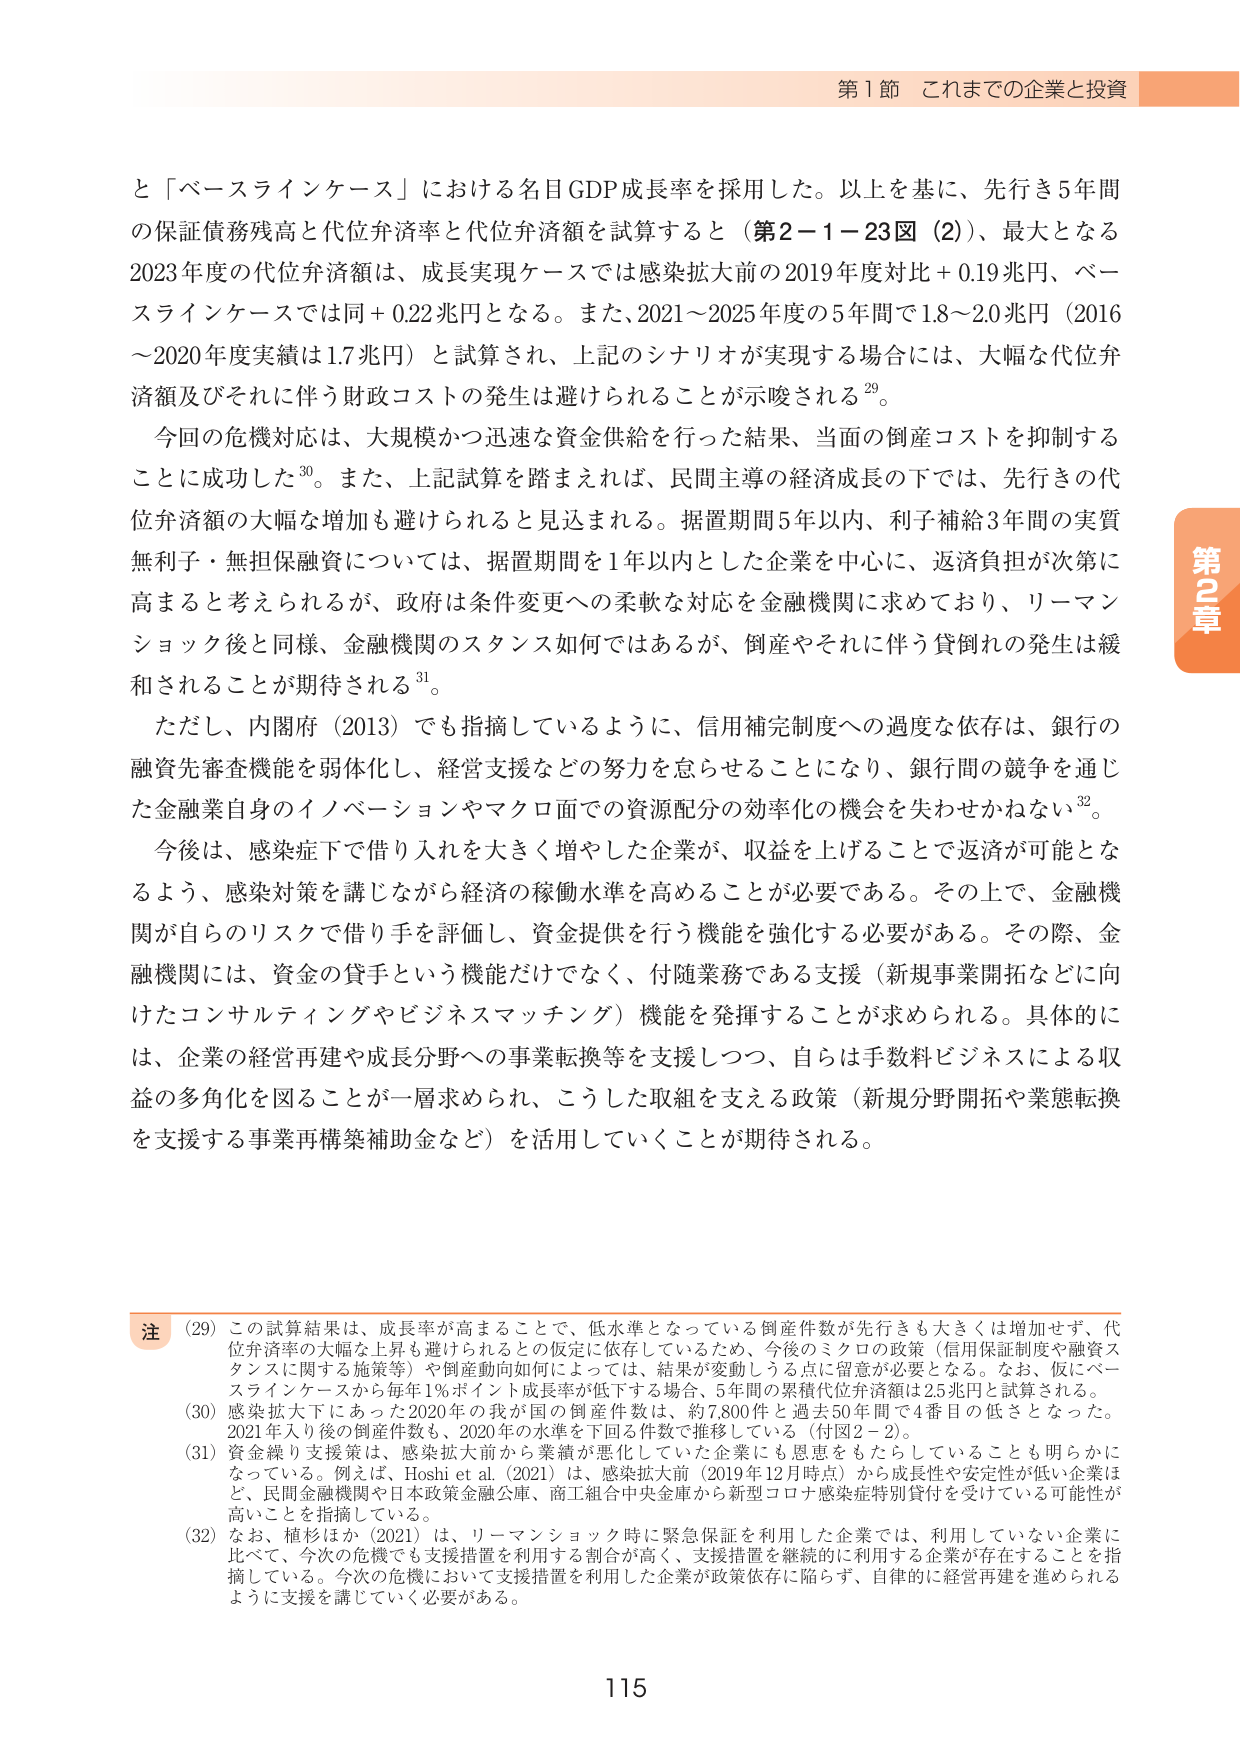
第1節 これまでの企業と投資

と「ベースラインケース」における名目GDP成長率を採用した。以上を基に、先行き5年間の保証債務残高と代位弁済率と代位弁済額を試算すると（第2－1－23図（2））、最大となる2023年度の代位弁済額は、成長実現ケースでは感染拡大前の2019年度対比＋0.19兆円、ベースラインケースでは同＋0.22兆円となる。また、2021～2025年度の5年間で1.8～2.0兆円（2016～2020年度実績は1.7兆円）と試算され、上記のシナリオが実現する場合には、大幅な代位弁済額及びそれに伴う財政コストの発生は避けられることを示唆される²⁹。

今回の危機対応は、大規模かつ迅速な資金供給を行った結果、当面の倒産コストを抑制することに成功した³⁰。また、上記試算を踏まえれば、民間主導の経済成長の下では、先行きの代位弁済額の大幅な増加も避けられると見込まれる。据置期間5年以内、利子補給3年間の実質無利子・無担保融資については、据置期間を1年以内とした企業を中心に、返済負担が次第に高まると考えられるが、政府は条件変更への柔軟な対応を金融機関に求めており、リーマンショック後と同様、金融機関のスタンス如何ではあるが、倒産やそれに伴う貸倒れの発生は緩和されることが期待される³¹。

ただし、内閣府（2013）でも指摘しているように、信用補完制度への過度な依存は、銀行の融資先審査機能を弱体化し、経営支援などの努力を怠らせることになり、銀行間の競争を通じた金融業自身のイノベーションやマクロ面での資源配分の効率化の機会を失わせかねない³²。

今後は、感染症下で借り入れを大きく増やした企業が、収益を上げることで返済が可能となるよう、感染対策を講じながら経済の稼働水準を高めることが必要である。その上で、金融機関が自らのリスクで借り手を評価し、資金提供を行う機能を強化する必要がある。その際、金融機関には、資金の貸手という機能だけでなく、付随業務である支援（新規事業開拓などに向けたコンサルティングやビジネスマッチング）機能を発揮することが求められる。具体的には、企業の経営再建や成長分野への事業転換等を支援しつつ、自らは手数料ビジネスによる収益の多角化を図ることが一層求められ、こうした取組を支える政策（新規分野開拓や業態転換を支援する事業再構築補助金など）を活用していくことが期待される。

注
（29）この試算結果は、成長率が高まることで、低水準となっている倒産件数が先行きも大きくは増加せず、代位弁済率の大幅な上昇も避けられるとの仮定に依存しているため、今後のミクロの政策（信用保証制度や融資スタンスに関する施策等）や倒産動向如何によっては、結果が変動しうる点に留意が必要となる。なお、仮にベースラインケースから毎年1％ポイント成長率が低下する場合、5年間の累積代位弁済額は2.5兆円と試算される。
（30）感染拡大下にあった2020年の我が国の倒産件数は、約7,800件と過去50年間で4番目の低さとなった。2021年入り後の倒産件数も、2020年の水準を下回る件数で推移している（付図2－2）。
（31）資金繰り支援策は、感染拡大前から業績が悪化していた企業にも恩恵をもたらしていることも明らかになっている。例えば、Hoshi et al.（2021）は、感染拡大前（2019年12月時点）から成長性や安定性が低い企業はと、民間金融機関や日本政策金融公庫、商工組合中央金庫から新型コロナ感染症特別貸付を受けている可能性が高いことを指摘している。
（32）なお、植杉ほか（2021）は、リーマンショック時に緊急保証を利用した企業では、利用していない企業に比べて、今次の危機でも支援措置を利用する割合が高く、支援措置を継続的に利用する企業が存在することを指摘している。今次の危機において支援措置を利用した企業が政策依存に陥らず、自律的に経営再建を進められるように支援を講じていく必要がある。

115

第2章